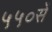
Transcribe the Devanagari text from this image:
५५०सें